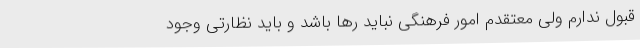
قبول ندارم ولی معتقدم امور فرهنگی نباید رها باشد و باید نظارتی وجود